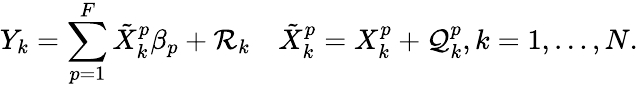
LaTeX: Y_{k}=\sum_{p=1}^{F}\tilde{X}_{k}^{p}\beta_{p}+\mathcal{R}_{k}\quad\tilde{X}_{k}^{p}={X}_{k}^{p}+\mathcal{Q}_{k}^{p},k=1,\ldots,N.